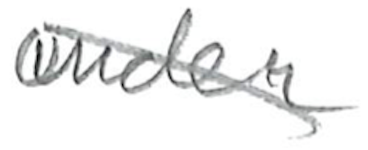
Text: under
Cross-out: diagonal
Writing tool: pencil